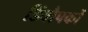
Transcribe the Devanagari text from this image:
डिंबौषकों